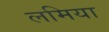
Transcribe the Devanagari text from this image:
लमिया